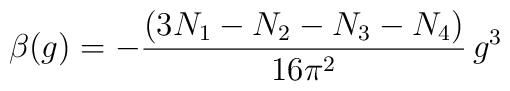
\beta(g) = - \frac{(3N_1-N_2-N_3-N_4)}{16\pi^2}\,g^3